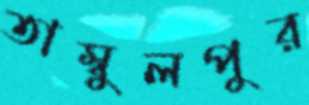
তাম্বুলপুর